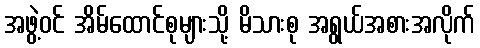
အဖွဲ့ဝင် အိမ်ထောင်စုများသို့ မိသားစု အရွယ်အစားအလိုက်